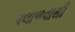
પલાળવાથી